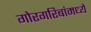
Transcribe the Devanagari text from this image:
गोरगरिबांमध्ये